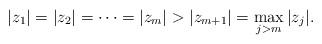
LaTeX: \begin{align*} |z_1|=|z_2|=\cdots=|z_m|>|z_{m+1}|=\max_{j>m}|z_j|. \end{align*}